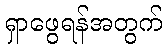
ရှာဖွေရန်အတွက်